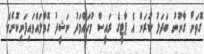
ގޮތަށް ގާނޫނު ބަދަލު ކުރަން އެ ޕާޓީގެ ރައީސް މުހައްމަދު ނަޝީދު ގޮވާލައްވައިފަނިކޮށެވެ.